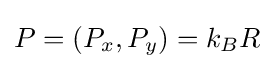
P=(P_{x},P_{y})=k_{B}R